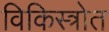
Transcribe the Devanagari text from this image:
विकिस्त्रोत